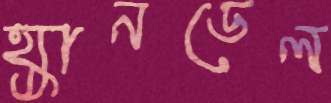
হ্যানডেল